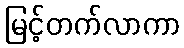
မြင့်တက်လာကာ